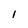
Character: 1